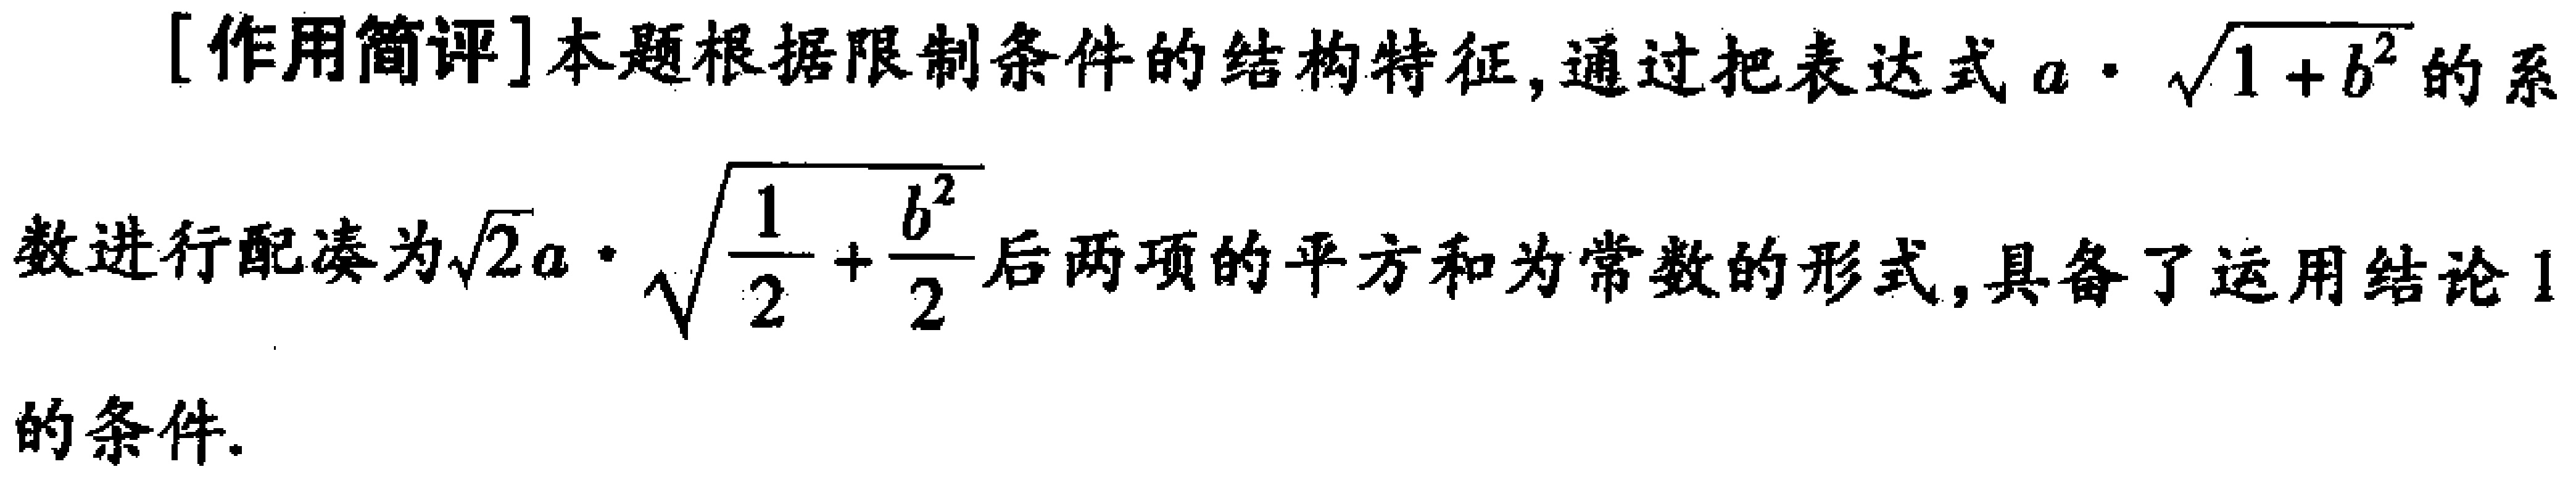
[作用简评]本题根据限制条件的结构特征,通过把表达式\(a\cdot\sqrt{1 + b^{2}}\)的系数进行配凑为\(\sqrt{2}a\cdot\sqrt{\frac{1}{2}+\frac{b^{2}}{2}}\)后两项的平方和为常数的形式,具备了运用结论1的条件.